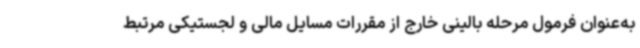
به‌عنوان فرمول مرحله بالینی خارج از مقررات مسایل مالی و لجستیکی مرتبط